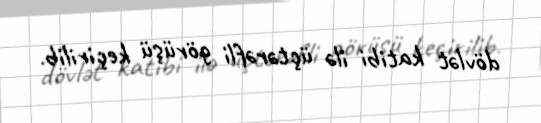
dövlət katibi ilə üçtərəfli görüşü keçirilib.